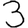
Digit: 3